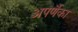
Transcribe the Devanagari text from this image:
अपर्णैका